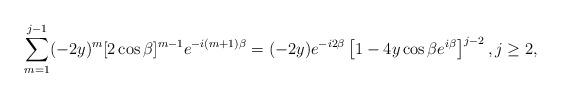
LaTeX: \begin{align*}\sum_{m=1}^{j-1}(-2y)^{m}[2\cos\beta]^{m-1}e^{-i(m+1)\beta} = (-2y)e^{-i2\beta}\left[1-4y\cos\beta e^{i\beta}\right]^{j-2}, j \geq 2,\end{align*}